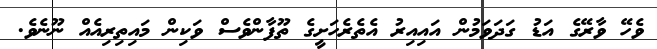
ވެހޭ ވާރޭގެ އަޑު ގަދަވަމުން އައިއިރު އެތެރެހަށީގެ ތޫފާންވެސް ވަކިން މައިތިރިއެއް ނޫނެވެ.